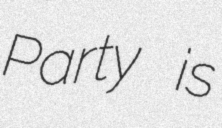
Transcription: Party is